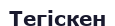
Тегіскен